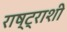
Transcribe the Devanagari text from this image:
राष्ट्राशी